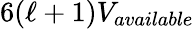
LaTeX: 6(\ell+1)V_{available}